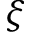
\xi